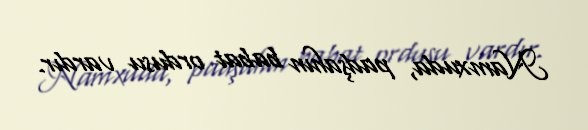
Namxuda, padşahın babat ordusu vardır.